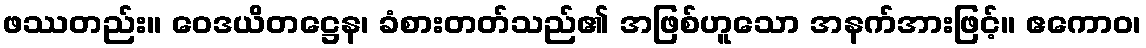
ဖဿတည်း။ ဝေဒယိတဋ္ဌေန၊ ခံစားတတ်သည်၏ အဖြစ်ဟူသော အနက်အားဖြင့်။ ဧကောဝ၊